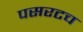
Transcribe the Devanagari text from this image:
पसरटच